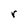
Character: r